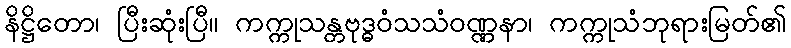
နိဋ္ဌိတော၊ ပြီးဆုံးပြီ။ ကက္ကုသန္တဗုဒ္ဓဝံသသံဝဏ္ဏနာ၊ ကက္ကုသံဘုရားမြတ်၏